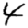
Digit: 4